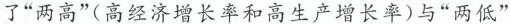
了”两高”(高经济增长率和高生产增长率)与”两低”